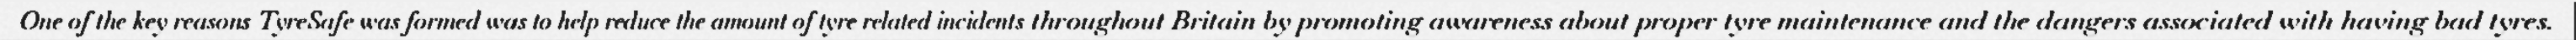
One of the key reasons TyreSafe was formed was to help reduce the amount of tyre related incidents throughout Britain by promoting awareness about proper tyre maintenance and the dangers associated with having bad tyres.